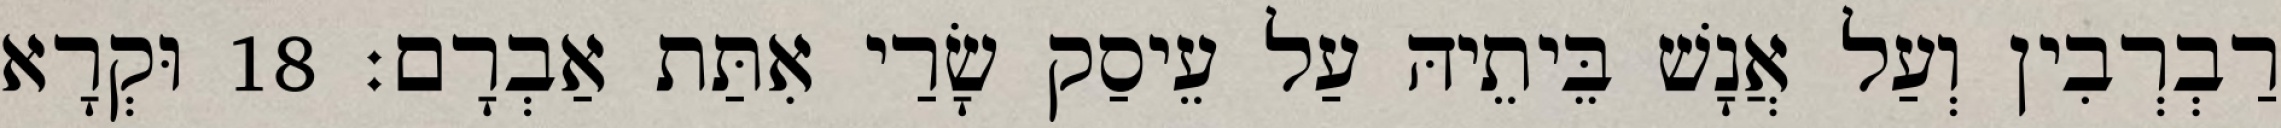
רַבְרְבִין וְעַל אֲנָשׁ בֵּיתֵיהּ עַל עֵיסַק שָׂרַי אִתַּת אַבְרָם׃ 18 וּקְרָא